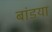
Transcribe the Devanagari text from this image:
बांडया